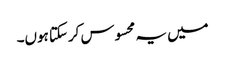
میں یہ محسوس کرسکتا ہوں۔